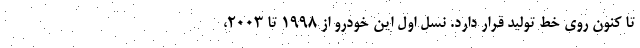
تا کنون روی خط تولید قرار دارد. نسل اول این خودرو از 1998 تا 2003،